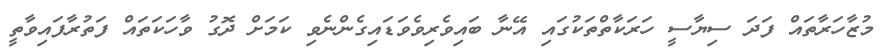
މުޒާހަރާތައް ފަދަ ސިޔާސީ ހަރަކާތްތަކުގައި އޭނާ ބައިވެރިވެވަޑައިގެންނެވި ކަމަށް ދޮގު ވާހަކަތައް ފަތުރާފައިވާތީ